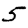
Digit: 5